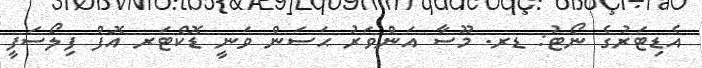
އެޑިޓަރުގެ ނޯޓު: ޑރ. މޫސާ އަންވަރު ޙަސަން ވަނީ ޑޮކްޓަރ އޮފް ފިލޯސަފީ